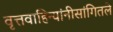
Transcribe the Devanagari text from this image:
वृत्तवाहिन्यांनीसांगितले